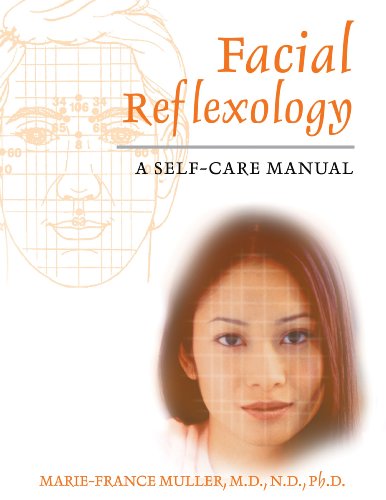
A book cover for Facial Reflexology: A Self-Care Manual; Marie-France Muller M.D.  N.D.  Ph.D.; Health, Fitness & Dieting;